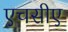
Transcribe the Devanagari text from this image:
एचसीए